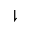
\downharpoonright